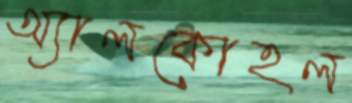
অ্যালকোহল